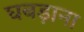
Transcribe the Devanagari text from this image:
घबड़ाना